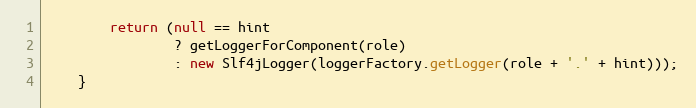
Language: Java
        return (null == hint
                ? getLoggerForComponent(role)
                : new Slf4jLogger(loggerFactory.getLogger(role + '.' + hint)));
    }